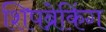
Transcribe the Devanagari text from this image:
शिपब्रेकिंग